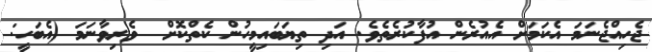
ޖެހިއްޖެނަމަ އެކަމަށް އެއުރެން އުފާކުރެތެވެ. އަދި ތިޔަބައިމީހުން ކެތްކޮށް  ވެރިވާނަމަ (އެބަހީ: